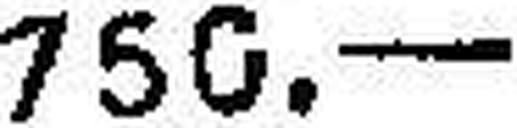
750.—